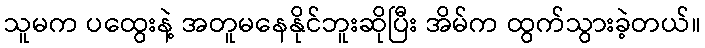
သူမက ပထွေးနဲ့ အတူမနေနိုင်ဘူးဆိုပြီး အိမ်က ထွက်သွားခဲ့တယ်။